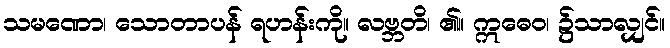
သမဏော၊ သောတာပန် ရဟန်းကို။ လဗ္ဘတိ၊ ၏။ ဣဓေဝ၊ ၌သာလျှင်။